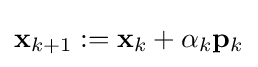
\mathbf {x} _{k+1}:=\mathbf {x} _{k}+\alpha _{k}\mathbf {p} _{k}